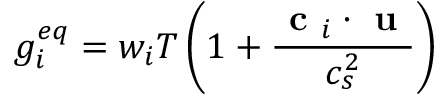
g _ { i } ^ { e q } = w _ { i } T \left( 1 + \frac { \textbf { c } _ { i } \cdot \textbf { u } } { c _ { s } ^ { 2 } } \right)